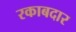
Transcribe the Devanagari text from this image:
रकाबदार